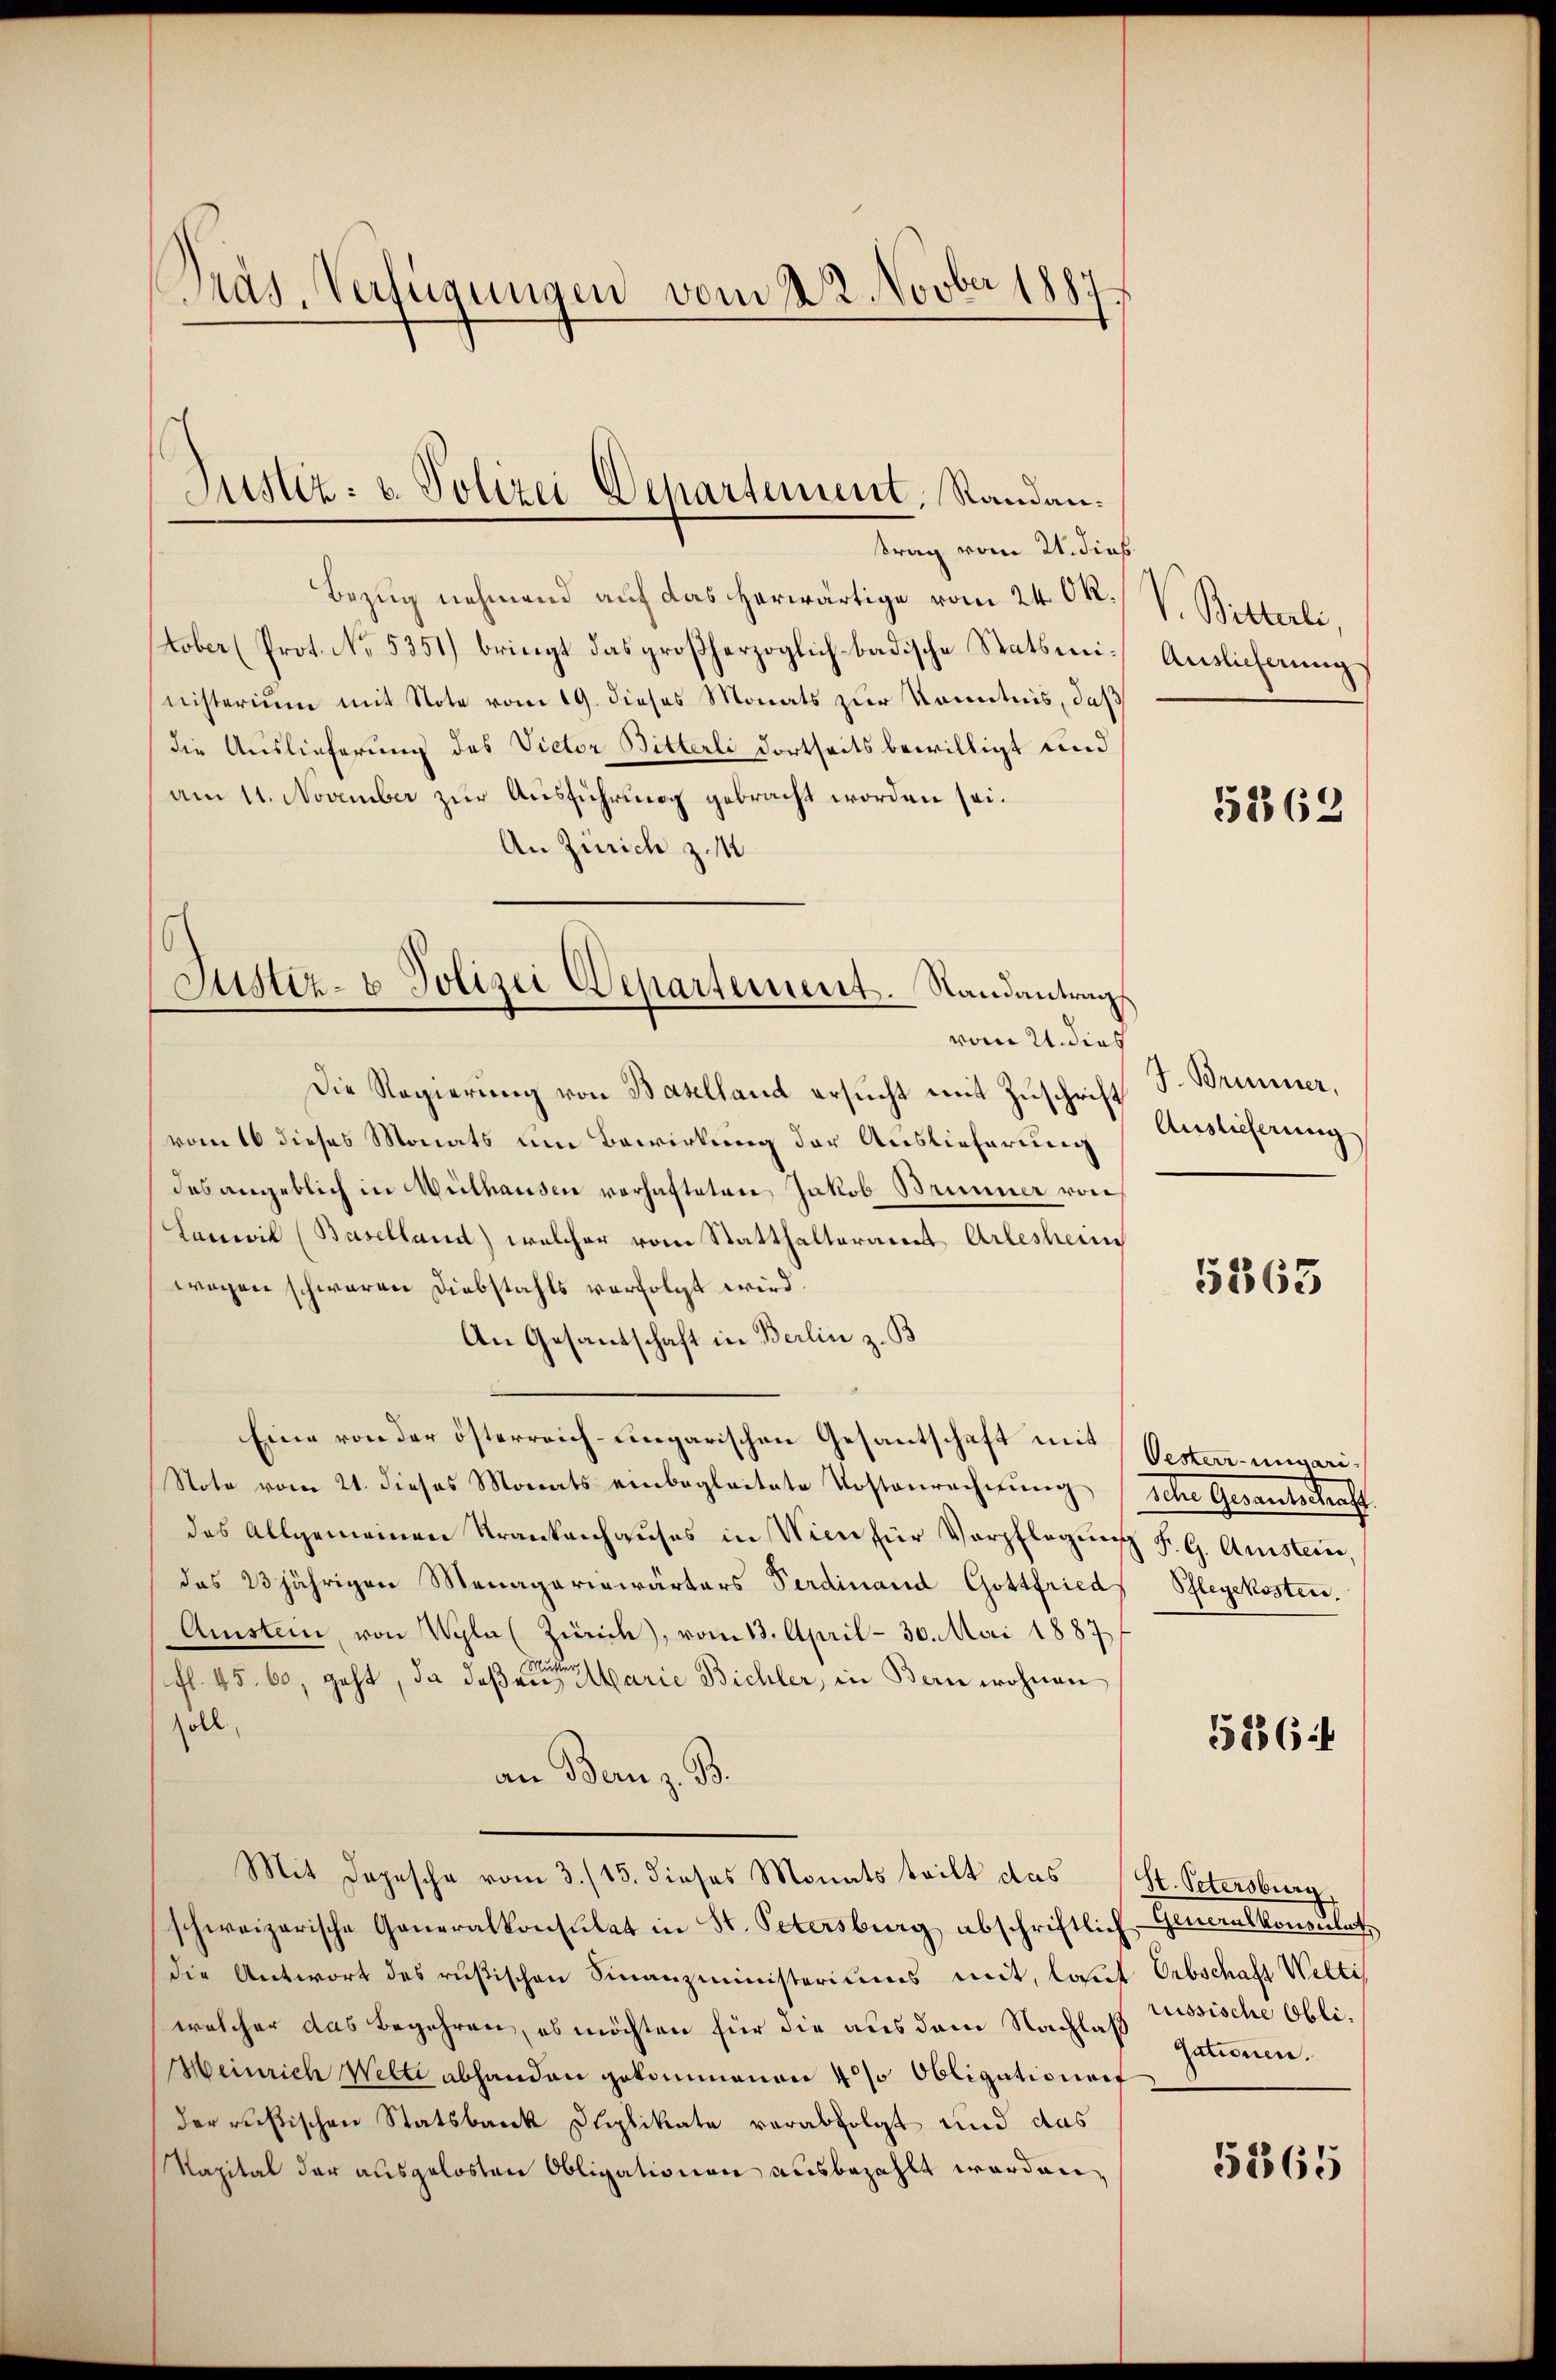
Prag, Verfügungen vom 1. 2. Novber 1887

Bezug nehmend auf das herwärtige vom 24 Ok.
tober (Prot. No. 5351) bringt das großherzoglich badische Statsministerium mit Note vom 19. dieses Monats zur Kenntnis, daß
die Auslieferung des Victor Bitterli dortseits bewilligt und
am 11. November zur Ausführung gebracht worden sei.
An Zürich z. M
vom 21. dies
Die Regierung von Baselland ersucht mit Zuschrift
vom 16 dieses Monats um Bewirkung der Auslieferung
des angeblich in Wülhausen vorhafteten Jakob Brunner von
Lanwill (Baselland) welcher vom Statthalteramt Arlesheim
wegen schwaren Diebstahls verfolgt wird.
An Gesandschaft in Berlin z. B
Eine von der österreich-ungarischen Gesantschaft und Vester-ungari¬
Note vom 21. dieses Monats einbegleitete Kostenrechnŭng
des Allgemeinen Krankenhaŭses in Wien für Verpflegŭng Fr. G. Amstein,
das 23jährigen Menagariswärters Ferdinand Gottfried
Amstein, von Wyla (Zürich), vom 13. April - 30. Mai 1887
fl. 45. 60, geht, da daß er erbarie Bichler, in Bern wohnen
soll
an Bern z. B.
Mit Depesche vom 3./13. dieses Monats teilt das St. Petersburg,
schweizerische Generalkonsulat in St. Petersburg abschriftlich Generalkonsulat
die Antwort des rusischen Finanzministeriums mit, lauf Erbschaft Welti,
welcher das Begehren, es möchten für die aus dem Nachlaß Missische Obli¬
Weinrich Wette abhanden gekommenen 4 % Obligationen
der ruhtischen Statsbank Duplikate verabfolgt und das
Kapital der ausgelosten Obligationen ausbezahlt worden,

Justiz: v. Polizei Departement, Standantrag vom 21. dies

Justiz- u. Polizei Departement. Standantrags

V. Bitterli,
Auslieferung

5262

J. Brunner,
Auslieferung

5363

Reten Genantschaft.
Pflegekosten.

5886:

Gationen.

5365